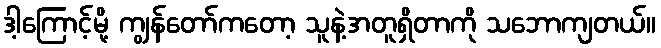
ဒါ့ကြောင့်မို့ ကျွန်တော်ကတော့ သူနဲ့အတူရှိတာကို သဘောကျတယ်။